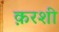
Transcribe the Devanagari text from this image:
क़रशी